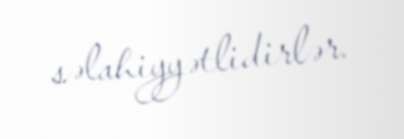
səlahiyyətlidirlər.